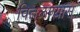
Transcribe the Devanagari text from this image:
वितळण्यास